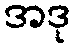
အဒု